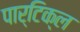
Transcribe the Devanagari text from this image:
पार्टिक्ल